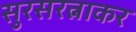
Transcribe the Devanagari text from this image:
सुरसरत्नाकर